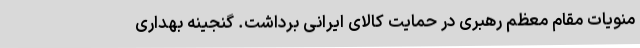
منویات مقام معظم رهبری در حمایت کالای ایرانی برداشت. گنجینه بهداری